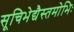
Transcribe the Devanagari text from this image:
सूचिभेद्यैस्तमोभिः